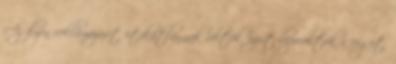
Az ilyen reklámozást etikátlannak vélték, ezért beperelték a céget.